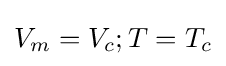
V_{m}=V_{c};T=T_{c}